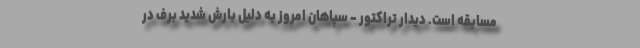
مسابقه است. دیدار تراکتور - سپاهان امروز به دلیل بارش شدید برف در